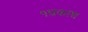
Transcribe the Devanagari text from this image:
१प्रकाश